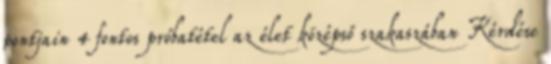
pontjain 4 fontos próbatétel az élet középső szakaszában Kérdése